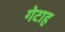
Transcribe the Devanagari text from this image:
गेटाह